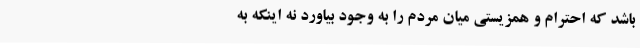
باشد که احترام و همزیستی میان مردم را به وجود بیاورد نه اینکه به